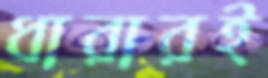
ধারারই